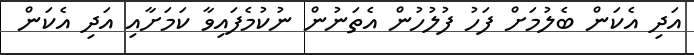
އަދި އެކަން ބެލުމަށް ފަހު ފުލުހުން އެތަނުން ނުކުމެފައިވާ ކަމަށާއި އަދި އެކަން